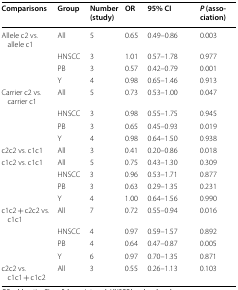
<table><thead><tr><td><b>Comparisons</b></td><td><b>Group</b></td><td><b>Number (study)</b></td><td><b>OR</b></td><td><b>95% CI</b></td><td><b><i>P</i> (association)</b></td></tr></thead><tbody><tr><td>Allele c2 vs. allele c1</td><td>All</td><td>5</td><td>0.65</td><td>0.49–0.86</td><td>0.003</td></tr><tr><td></td><td>HNSCC</td><td>3</td><td>1.01</td><td>0.57–1.78</td><td>0.977</td></tr><tr><td></td><td>PB</td><td>3</td><td>0.57</td><td>0.42–0.79</td><td>0.001</td></tr><tr><td></td><td>Y</td><td>4</td><td>0.98</td><td>0.65–1.46</td><td>0.913</td></tr><tr><td>Carrier c2 vs. carrier c1</td><td>All</td><td>5</td><td>0.73</td><td>0.53–1.00</td><td>0.047</td></tr><tr><td></td><td>HNSCC</td><td>3</td><td>0.98</td><td>0.55–1.75</td><td>0.945</td></tr><tr><td></td><td>PB</td><td>3</td><td>0.65</td><td>0.45–0.93</td><td>0.019</td></tr><tr><td></td><td>Y</td><td>4</td><td>0.98</td><td>0.64–1.50</td><td>0.938</td></tr><tr><td>c2c2 vs. c1c1</td><td>All</td><td>3</td><td>0.41</td><td>0.20–0.86</td><td>0.018</td></tr><tr><td>c1c2 vs. c1c1</td><td>All</td><td>5</td><td>0.75</td><td>0.43–1.30</td><td>0.309</td></tr><tr><td></td><td>HNSCC</td><td>3</td><td>0.96</td><td>0.53–1.71</td><td>0.877</td></tr><tr><td></td><td>PB</td><td>3</td><td>0.63</td><td>0.29–1.35</td><td>0.231</td></tr><tr><td></td><td>Y</td><td>4</td><td>1.00</td><td>0.64–1.56</td><td>0.990</td></tr><tr><td>c1c2 + c2c2 vs. c1c1</td><td>All</td><td>7</td><td>0.72</td><td>0.55–0.94</td><td>0.016</td></tr><tr><td></td><td>HNSCC</td><td>4</td><td>0.97</td><td>0.59–1.57</td><td>0.892</td></tr><tr><td></td><td>PB</td><td>4</td><td>0.64</td><td>0.47–0.87</td><td>0.005</td></tr><tr><td></td><td>Y</td><td>6</td><td>0.97</td><td>0.70–1.35</td><td>0.871</td></tr><tr><td>c2c2 vs. c1c1 + c1c2</td><td>All</td><td>3</td><td>0.55</td><td>0.26–1.13</td><td>0.103</td></tr></tbody></table>